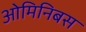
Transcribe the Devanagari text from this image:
ओमिनिबस